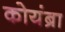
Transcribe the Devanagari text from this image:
कोयंब्रा